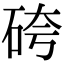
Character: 𥑹